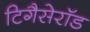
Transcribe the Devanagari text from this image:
टिगैसेरॉड